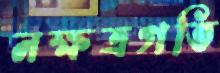
নক্ষত্রগতি